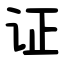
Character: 证